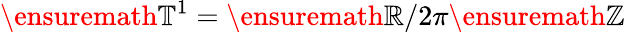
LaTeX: \ensuremath{\mathbb{T}}^{1}=\ensuremath{\mathbb{R}}/2\pi\ensuremath{\mathbb{Z}}